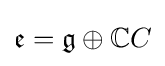
{\mathfrak {e}}={\mathfrak {g}}\oplus \mathbb {C} C